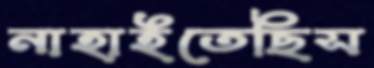
নাহাইতেছিস